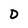
Character: D